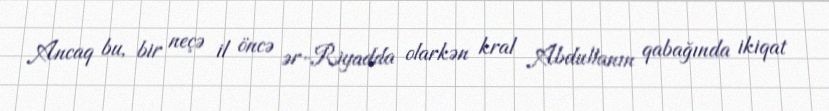
Ancaq bu, bir neçə il öncə ər-Riyadda olarkən kral Abdullanın qabağında ikiqat